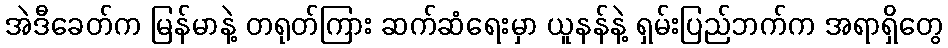
အဲဒီခေတ်က မြန်မာနဲ့ တရုတ်ကြား ဆက်ဆံရေးမှာ ယူနန်နဲ့ ရှမ်းပြည်ဘက်က အရာရှိတွေ